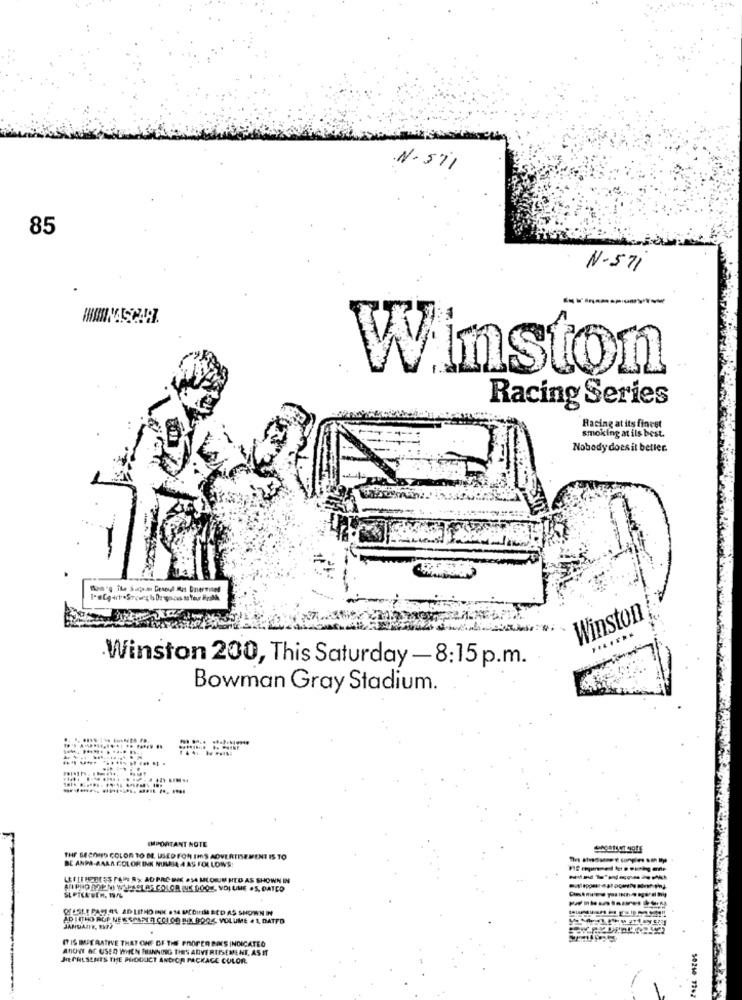
N.571
85
N-571
--------
Winston
Racing Series
Racing at its finest
smoking at ils best.
Nobody doesit better.
Winston
.......
Winston 200, This Saturday - 8:15 p.m.
Bowman Gray Stadium.
IMPORTANT NOTE
BE ANPA-AAAA COLOR INK NULSA 4 AS FOLLOWS:
THE SECOND COLOR TO BE USED FOR IMS ADVERTISEMENT IS TO
LEFIRMEBISS PAN R) AD PRCDIK PSA MLDIUN HTO AS SHOWN IN
AFI PRO DOEMI WHIPLEL AS COLOR INK DOO VOLUME .S. OATCO
QUESLE PACIOS AD LITHO INK #14 MACDILIM BED AS SHOWN IN
ADIITHO ROP NEWSPAPER COLGO BEL BOOS VOLUME 4 1, DATFO
IT IS BUT RATIVE THAT CHEF OF THE PROPER BANCS INDICATED
ANONI AC USED WHEN RUNNING TIES ADVERTISEMENT, ASIT
JREPRESENTS THE PHDOUCT ANDYOR PACKAGE COLOR.